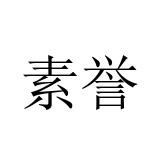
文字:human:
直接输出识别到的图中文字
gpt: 素誉